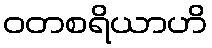
ဝတစရိယာဟိ